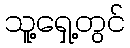
သူ့ရှေ့တွင်